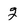
Character: 2